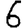
Digit: 6